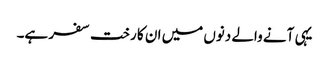
یہی آنے والے دنوں میں ان کا رخت سفر ہے۔